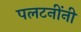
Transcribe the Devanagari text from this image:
पलटनींनी